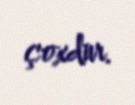
çoxdur.